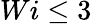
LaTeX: Wi\leq 3